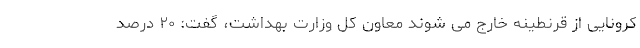
کرونایی از قرنطینه خارج می شوند معاون کل وزارت بهداشت، گفت: ۲۰ درصد